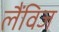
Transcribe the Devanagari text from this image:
लैंविज